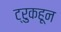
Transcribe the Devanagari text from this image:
ट्रुकहून